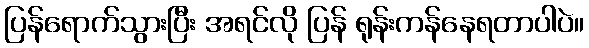
ပြန်ရောက်သွားပြီး အရင်လို ပြန် ရုန်းကန်နေရတာပါပဲ။